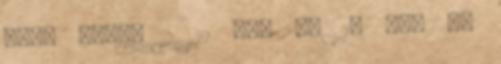
álló medál 2 12 850 Ft 16 765 Ft